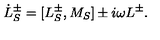
\dot { L } _ { S } ^ { \pm } = [ L _ { S } ^ { \pm } , M _ { S } ] \pm i \omega L ^ { \pm } .